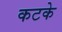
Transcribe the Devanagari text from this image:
कटके